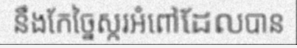
នឹងកែច្នៃស្ករអំពៅដែលបាន